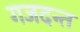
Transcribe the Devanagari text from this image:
गजदन्त